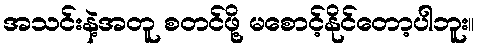
အသင်းနဲ့အတူ စတင်ဖို့ မစောင့်နိုင်တော့ပါဘူး။